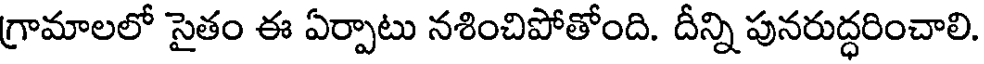
గ్రామాలలో సైతం ఈ ఏర్పాటు నశించిపోతోంది. దీన్ని పునరుద్ధరించాలి.